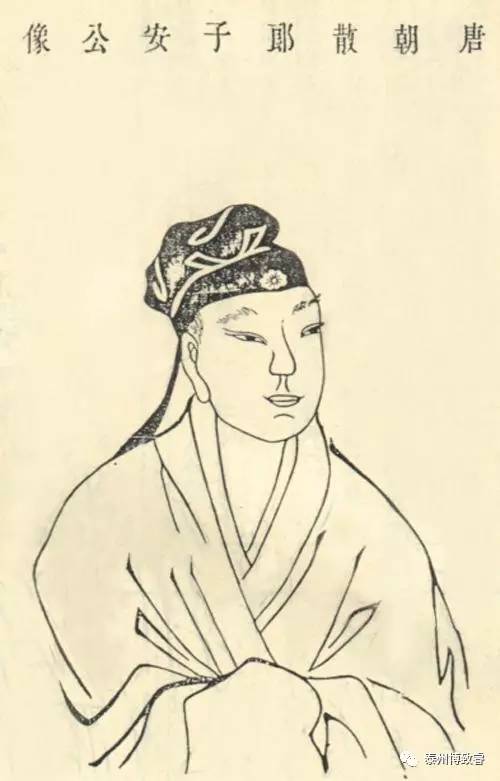
胜地不常，盛筵难再兰亭已矣，梓泽丘墟。